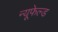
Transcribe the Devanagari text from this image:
न्यूफेल्ड